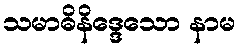
သမာဓိနိဒ္ဒေသော နာမ